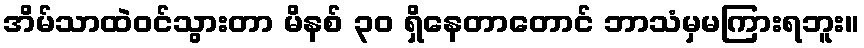
အိမ်သာထဲဝင်သွားတာ မိနစ် ၃၀ ရှိနေတာတောင် ဘာသံမှမကြားရဘူး။